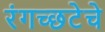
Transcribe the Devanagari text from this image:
रंगच्‍छटेचे